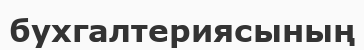
бухгалтериясының